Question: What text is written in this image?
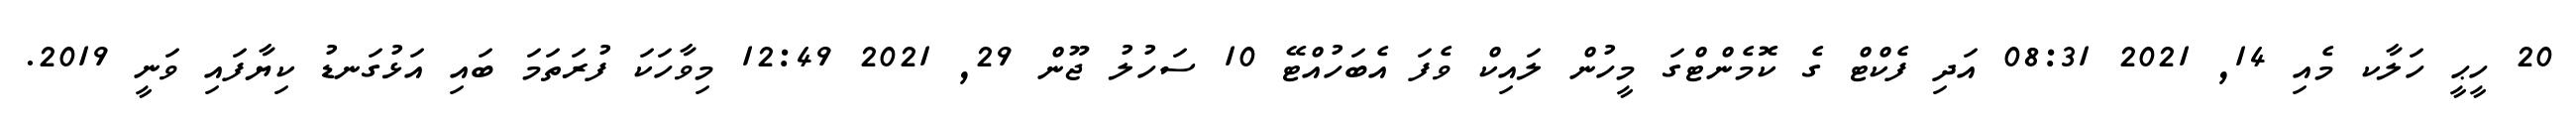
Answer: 20 ހީޙީ ހަލާކ މެއި 14, 2021 08:31 އަދި ފެކްޓް ގެ ކޮމެންޓްގަ މީހުން ލައިކް ވެފަ އެބަހުއްޓޭ 10 ސަހުލު ޖޫން 29, 2021 12:49 މިވާހަކަ ފުރަތަމަ ބައި އަޅުގަނޑު ކިޔާފައި ވަނީ 2019.